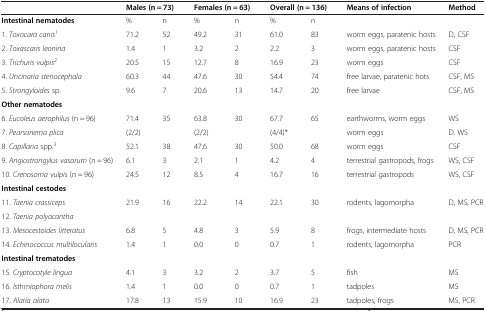
<table><thead><tr><td><b> </b></td><td colspan="2"><b>Males(n = 73)</b></td><td colspan="2"><b>Females(n = 63)</b></td><td colspan="2"><b>Overall(n = 136)</b></td><td><b>Means of infection</b></td><td><b>Method</b></td></tr></thead><tbody><tr><td><b>Intestinal nematodes</b></td><td>%</td><td>n</td><td>%</td><td>n</td><td>%</td><td>n</td><td> </td><td> </td></tr><tr><td>1. <i>Toxocara canis</i><sup><i>1</i></sup></td><td>71.2</td><td>52</td><td>49.2</td><td>31</td><td>61.0</td><td>83</td><td>worm eggs, paratenic hosts</td><td>D, CSF</td></tr><tr><td>2. <i>Toxascaris leonina</i></td><td>1.4</td><td>1</td><td>3.2</td><td>2</td><td>2.2</td><td>3</td><td>worm eggs, paratenic hosts</td><td>CSF</td></tr><tr><td>3. <i>Trichuris vulpis</i><sup><i>2</i></sup></td><td>20.5</td><td>15</td><td>12.7</td><td>8</td><td>16.9</td><td>23</td><td>worm eggs</td><td>CSF</td></tr><tr><td>4. <i>Uncinaria stenocephala</i></td><td>60.3</td><td>44</td><td>47.6</td><td>30</td><td>54.4</td><td>74</td><td>free larvae, paratenic hots</td><td>CSF, MS</td></tr><tr><td>5. <i>Strongyloides</i> sp.</td><td>9.6</td><td>7</td><td>20.6</td><td>13</td><td>14.7</td><td>20</td><td>free larvae</td><td>CSF, MS</td></tr><tr><td><b>Other nematodes</b></td><td> </td><td> </td><td> </td><td> </td><td> </td><td> </td><td> </td><td> </td></tr><tr><td>6. <i>Eucoleus aerophilus</i> (n = 96)</td><td>71.4</td><td>35</td><td>63.8</td><td>30</td><td>67.7</td><td>65</td><td>earthworms, worm eggs</td><td>WS</td></tr><tr><td>7. <i>Pearsonema plica</i></td><td colspan="2">(2/2)</td><td colspan="2">(2/2)</td><td colspan="2">(4/4)*</td><td>worm eggs</td><td>D. WS</td></tr><tr><td>8. <i>Capillaria</i> spp.<sup>3</sup></td><td>52.1</td><td>38</td><td>47.6</td><td>30</td><td>50.0</td><td>68</td><td>worm eggs</td><td>CSF</td></tr><tr><td>9. <i>Angiostrongylus vasorum</i> (n = 96)</td><td>6.1</td><td>3</td><td>2.1</td><td>1</td><td>4.2</td><td>4</td><td>terrestrial gastropods, frogs</td><td>WS, CSF</td></tr><tr><td>10. <i>Crenosoma vulpis</i> (n = 96)</td><td>24.5</td><td>12</td><td>8.5</td><td>4</td><td>16.7</td><td>16</td><td>terrestrial gastropods</td><td>WS, CSF</td></tr><tr><td><b>Intestinal cestodes</b></td><td> </td><td> </td><td> </td><td> </td><td> </td><td> </td><td> </td><td> </td></tr><tr><td>11. <i>Taenia crassiceps</i></td><td rowspan="2">21.9</td><td rowspan="2">16</td><td rowspan="2">22.2</td><td rowspan="2">14</td><td rowspan="2">22.1</td><td rowspan="2">30</td><td rowspan="2">rodents, lagomorpha</td><td rowspan="2">D, MS, PCR</td></tr><tr><td>12. <i>Taenia polyacantha</i></td></tr><tr><td>13. <i>Mesocestoides litteratus</i></td><td>6.8</td><td>5</td><td>4.8</td><td>3</td><td>5.9</td><td>8</td><td>frogs, intermediate hosts</td><td>D, MS, PCR</td></tr><tr><td>14. <i>Echinococcus multilocularis</i></td><td>1.4</td><td>1</td><td>0.0</td><td>0</td><td>0.7</td><td>1</td><td>rodents, lagomorpha</td><td>PCR</td></tr><tr><td><b>Intestinal trematodes</b></td><td> </td><td> </td><td> </td><td> </td><td> </td><td> </td><td> </td><td> </td></tr><tr><td>15. <i>Cryptocotyle lingua</i></td><td>4.1</td><td>3</td><td>3.2</td><td>2</td><td>3.7</td><td>5</td><td>fish</td><td>MS</td></tr><tr><td>16. <i>Isthmiophora melis</i></td><td>1.4</td><td>1</td><td>0.0</td><td>0</td><td>0.7</td><td>1</td><td>tadpoles</td><td>MS</td></tr><tr><td>17. <i>Alaria alata</i></td><td>17.8</td><td>13</td><td>15.9</td><td>10</td><td>16.9</td><td>23</td><td>tadpoles, frogs</td><td>MS, PCR</td></tr></tbody></table>